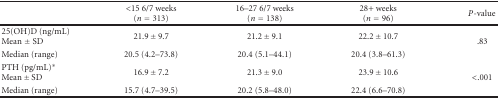
<table><thead><tr><td></td><td><b>&lt;15 6/7 weeks(<i>n</i> = 313)</b></td><td><b>16–27 6/7 weeks (<i>n</i> = 138)</b></td><td><b>28+ weeks (<i>n</i> = 96)</b></td><td><b><i>P</i>-value</b></td></tr></thead><tbody><tr><td>25(OH)D (ng/mL) Mean ± SD</td><td>21.9 ± 9.7</td><td>21.2 ± 9.1</td><td>22.2 ± 10.7</td><td rowspan="2">.83</td></tr><tr><td>Median (range)</td><td>20.5 (4.2–73.8)</td><td>20.4 (5.1–44.1)</td><td>20.4 (3.8–61.3)</td></tr><tr><td>PTH (pg/mL)*Mean ± SD</td><td>16.9 ± 7.2</td><td>21.3 ± 9.0</td><td>23.9 ± 10.6</td><td rowspan="2">&lt;.001</td></tr><tr><td>Median (range)</td><td>15.7 (4.7–39.5)</td><td>20.2 (5.8–48.0)</td><td>22.4 (6.6–70.8)</td></tr></tbody></table>